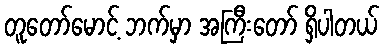
တူတော်မောင့် ဘက်မှာ အကြီးတော် ရှိပါတယ်